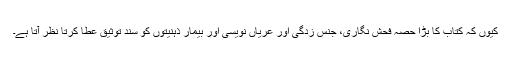
کیوں کہ کتاب کا بڑا حصہ فحش نگاری، جنس زدگی اور عریاں نویسی اور بیمار ذہنیتوں کو سندِ توثیق عطا کرتا نظر آتا ہے۔